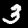
Digit: 3